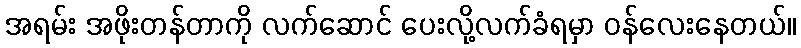
အရမ်း အဖိုးတန်တာကို လက်ဆောင် ပေးလို့လက်ခံရမှာ ဝန်လေးနေတယ်။